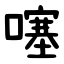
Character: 噻